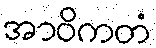
အာဝိကတံ